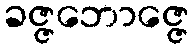
ခဇ္ဇဘောဇ္ဇေ